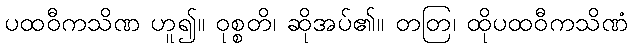
ပထဝီကသိဏ ဟူ၍။ ဝုစ္စတိ၊ ဆိုအပ်၏။ တတြ၊ ထိုပထဝီကသိဏံ